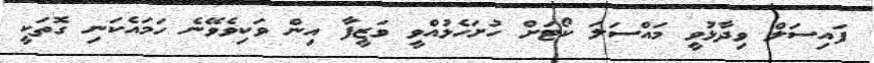
ފައިސަލް ވިދާޅުވީ މައްސަލަ ކޯޓަށް ހުށަހެޅުއްވީ ވަޒީފާ އިން ވަކިވެވޭނެ ހަމައެކަނި ގޮތަކީ